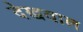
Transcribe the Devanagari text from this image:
देखवाल